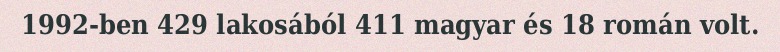
1992-ben 429 lakosából 411 magyar és 18 román volt.